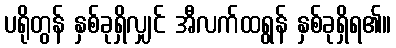
ပရိုတွန် နှစ်ခုရှိလျှင် အီလက်ထရွန် နှစ်ခုရှိရ၏။